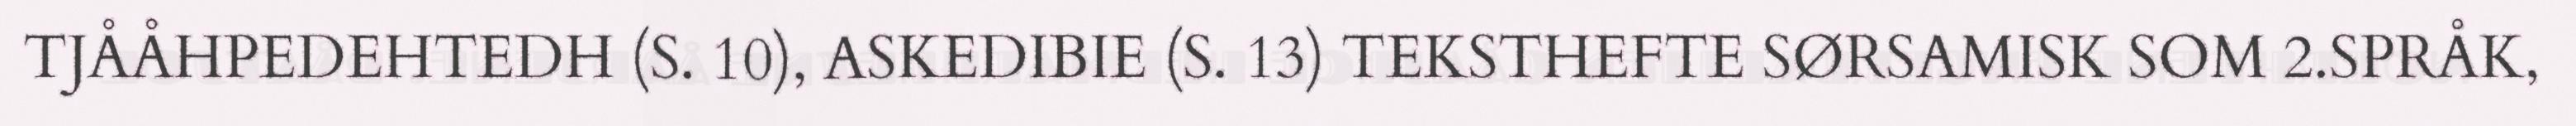
TJÅÅHPEDEHTEDH (S. 10), ASKEDIBIE (S. 13) TEKSTHEFTE SØRSAMISK SOM 2.SPRÅK,